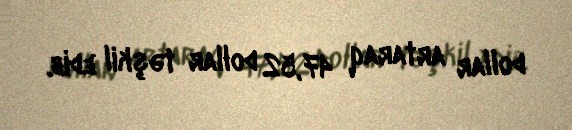
dollar artaraq 47,52 dollar təşkil edib.